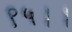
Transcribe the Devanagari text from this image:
९५।।